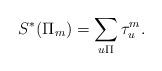
LaTeX: \begin{align*}S^*(\Pi_m)=\sum\limits_{u\Pi}\tau_u^m.\end{align*}